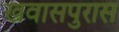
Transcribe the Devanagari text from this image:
खवासपुरास